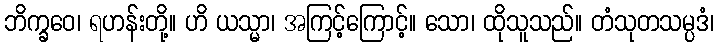
ဘိက္ခဝေ၊ ရဟန်းတို့။ ဟိ ယသ္မာ၊ အကြင့်ကြောင့်။ သော၊ ထိုသူသည်။ တံသုတသမ္ပဒံ၊